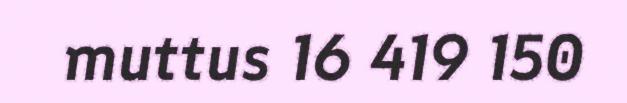
muttus 16 419 150